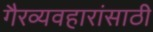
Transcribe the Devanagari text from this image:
गैरव्यवहारांसाठी